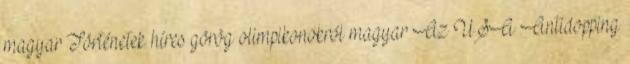
magyar Történetek híres görög olimpikonokról magyar Az USA Antidopping